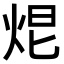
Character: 𤈑